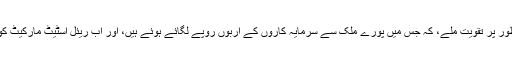
عمران خان کے دورے سے ممکن ہے کہ ریئل اسٹیٹ مارکیٹ کو بناوٹی طور پر تقویت ملے، کہ جس میں پورے ملک سے سرمایہ کاروں کے اربوں روپے لگائے ہوئے ہیں، اور اب ریئل اسٹیٹ مارکیٹ کو بندرگاہ شہر کے ماسٹر ڈیولپمنٹ پلان پر عمل شروع ہونے کا انتظار ہے۔